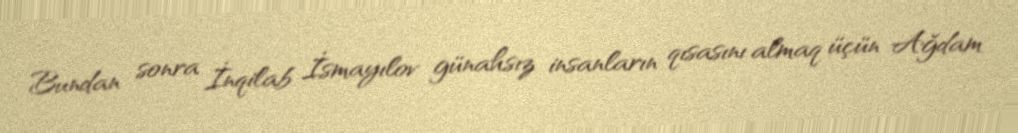
Bundan sonra İnqilab İsmayılov günahsız insanların qısasını almaq üçün Ağdam